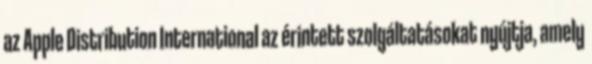
az Apple Distribution International az érintett szolgáltatásokat nyújtja, amely